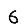
Digit: 6